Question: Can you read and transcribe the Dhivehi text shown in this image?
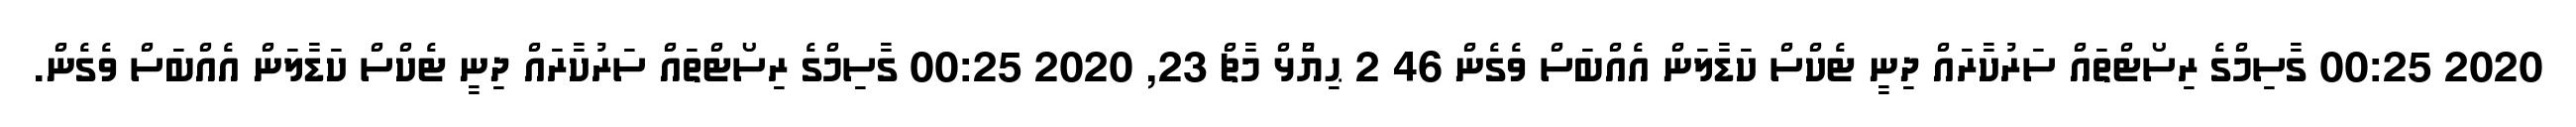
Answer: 2020 00:25 ގާސިމްގެ ރިސޯޓްތައް ސަރުކާރައް ދިނީ ޓެކްސް ކަޑާލަން އެއްބަސް ވެގެން 46 2 ޙިޔާާްްޅް މާޗް 23, 2020 00:25 ގާސިމްގެ ރިސޯޓްތައް ސަރުކާރައް ދިނީ ޓެކްސް ކަޑާލަން އެއްބަސް ވެގެން.